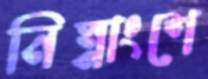
নিম্নাংশে